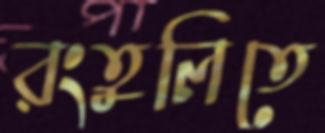
রংতুলিতে